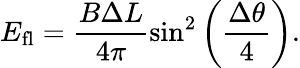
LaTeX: E_{\mathrm{fl}}=\frac{B\Delta L}{4\pi}\sin^{2}\bigg({\frac{\Delta\theta}{4}}\bigg).